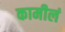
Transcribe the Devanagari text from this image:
कामीलं